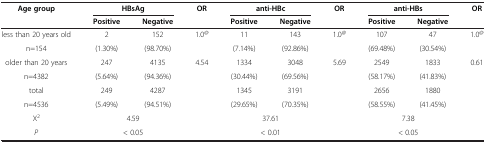
<table><thead><tr><td><b>Age group</b></td><td colspan="2"><b>HBsAg</b></td><td><b>OR</b></td><td colspan="2"><b>anti-HBc</b></td><td><b>OR</b></td><td colspan="2"><b>anti-HBs</b></td><td><b>OR</b></td></tr><tr><td><b> </b></td><td><b>Positive</b></td><td><b>Negative</b></td><td><b> </b></td><td><b>Positive</b></td><td><b>Negative</b></td><td><b> </b></td><td><b>Positive</b></td><td><b>Negative</b></td><td><b> </b></td></tr></thead><tbody><tr><td>less than 20 years old</td><td>2</td><td>152</td><td>1.0<sup>@</sup></td><td>11</td><td>143</td><td>1.0<sup>@</sup></td><td>107</td><td>47</td><td>1.0<sup>@</sup></td></tr><tr><td>n=154</td><td>(1.30%)</td><td>(98.70%)</td><td> </td><td>(7.14%)</td><td>(92.86%)</td><td> </td><td>(69.48%)</td><td>(30.54%)</td><td> </td></tr><tr><td>older than 20 years</td><td>247</td><td>4135</td><td>4.54</td><td>1334</td><td>3048</td><td>5.69</td><td>2549</td><td>1833</td><td>0.61</td></tr><tr><td>n=4382</td><td>(5.64%)</td><td>(94.36%)</td><td> </td><td>(30.44%)</td><td>(69.56%)</td><td> </td><td>(58.17%)</td><td>(41.83%)</td><td> </td></tr><tr><td>total</td><td>249</td><td>4287</td><td> </td><td>1345</td><td>3191</td><td> </td><td>2656</td><td>1880</td><td> </td></tr><tr><td>n=4536</td><td>(5.49%)</td><td>(94.51%)</td><td> </td><td>(29.65%)</td><td>(70.35%)</td><td> </td><td>(58.55%)</td><td>(41.45%)</td><td> </td></tr><tr><td>X<sup>2</sup></td><td colspan="2">4.59</td><td> </td><td colspan="2">37.61</td><td> </td><td colspan="2">7.38</td><td> </td></tr><tr><td><i>P</i></td><td colspan="2">&lt; 0.05</td><td> </td><td colspan="2">&lt; 0.01</td><td> </td><td colspan="2">&lt; 0.05</td><td> </td></tr></tbody></table>